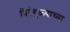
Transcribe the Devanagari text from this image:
विरंगुळ्याच्या